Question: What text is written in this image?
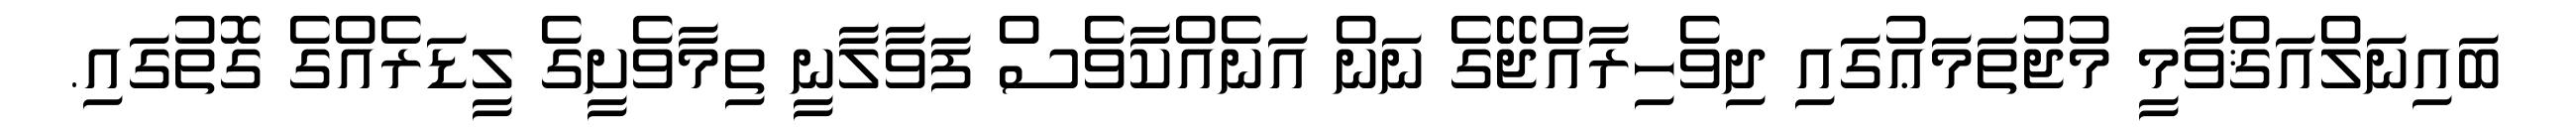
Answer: ބައިނަލްއަޤްވާމީ މުޖުތަމަޢުގައި ދިވެހިރާއްޖޭގެ ނަން އަނެއްކާވެސް ފަވާލާނީ ތިމާވެށީގެ ލީޑަރެއްގެ ގޮތުގައި.